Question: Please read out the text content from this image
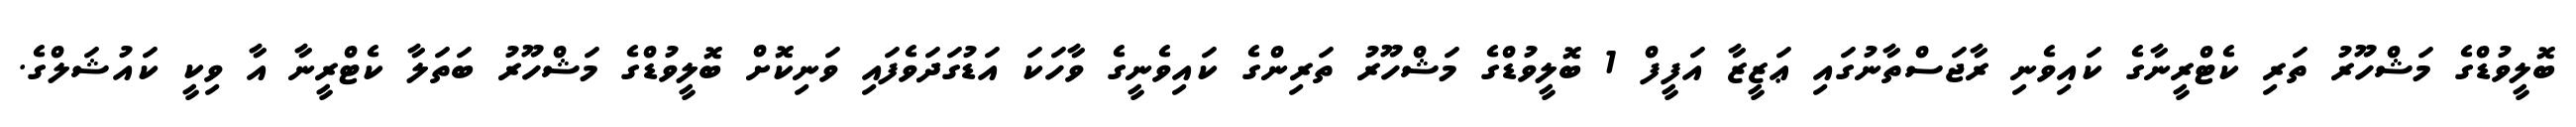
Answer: ބޮލީވުޑްގެ މަޝްހޫރު ތަރި ކެޓްރީނާގެ ކައިވެނި ރާޖަސްތާނުގައި ޢަޒީޒާ އަފީފް 1 ބޮލީވުޑްގެ މަޝްހޫރު ތަރިންގެ ކައިވެނީގެ ވާހަކަ އަޑުގަދަވެފައި ވަނިކޮށް ބޮލީވުޑްގެ މަޝްހޫރު ބަތަލާ ކެޓްރީނާ އާ ވިކީ ކައުޝަލްގެ.